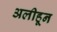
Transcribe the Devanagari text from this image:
अलीहून